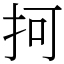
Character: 抲